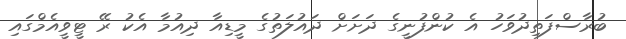
ބުރާސްފަތިދުވަހު އެ ކުންފުނީގެ ދަށަށް ދައުލަތުގެ މީޑިއާ ދިއުމާ އެކު ރޭ ޓީވީއެމްގައި